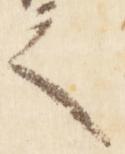
之